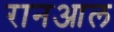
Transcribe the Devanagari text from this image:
रानआल